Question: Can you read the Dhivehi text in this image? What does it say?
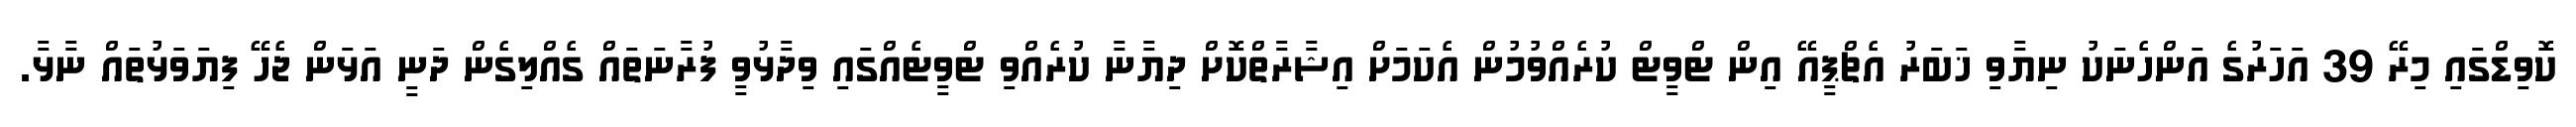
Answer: ކޮވިޑްގައި މިރޭ 39 އަހަރުގެ އަންހެނަކު ނިޔާވި ޚަބަރު އެޗްޕީއޭ އިން ޓްވީޓް ކުރެއްވުމުން އެކަމަށް އިޝާރާތްކޮށް ދިޔާނާ ކުރެއްވި ޓްވީޓެއްގައި ވިދާޅުވީ ފުރާނަތައް ގެއްލިގެން ދަނީ އަޅަން ޖެހޭ ފިޔަވަޅުތައް ނާޅާ.